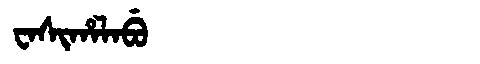
Manchu: ᠸᠠᠰᡳᡥᠠᠯᠠᠪᡠ
Romanization: WASIHALABU